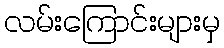
လမ်းကြောင်းများမှ